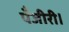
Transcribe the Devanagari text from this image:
पँजीरी।